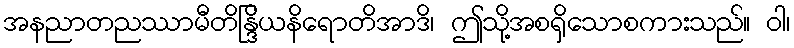
အနညာတညဿာမီတိန္ဒြိယနိရောတိအာဒိ၊ ဤသို့အစရှိသောစကားသည်။ ဝါ၊